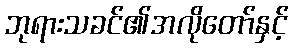
ဘုရားသခင်၏အလိုတော်နှင့်